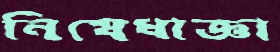
নিষেধাজ্ঞা